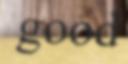
good